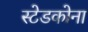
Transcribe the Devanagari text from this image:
स्टेडकोना